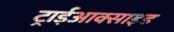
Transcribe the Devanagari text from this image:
ट्राईआक्साइड